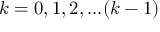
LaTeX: k = 0 , 1 , 2 , . . . ( k - 1 )